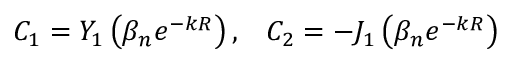
C _ { 1 } = Y _ { 1 } \left( \beta _ { n } e ^ { - k R } \right) , \; \; \; C _ { 2 } = - J _ { 1 } \left( \beta _ { n } e ^ { - k R } \right)